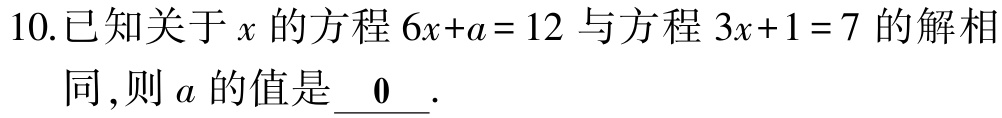
10.已知关于\(x\)的方程\(6x + a = 12\)与方程\(3x + 1 = 7\)的解相同,则\(a\)的值是\(\underline{0}\).